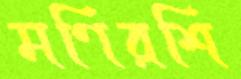
মণিরশি